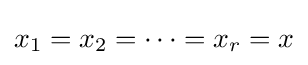
x_{1}=x_{2}=\dots =x_{r}=x